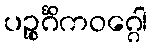
ပဉ္စင်္ဂိကဝဂ္ဂေါ